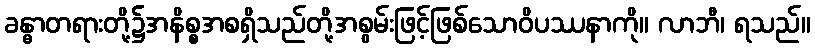
ခန္ဓာတရားတို့၌အနိစ္စအစရှိသည်တို့အစွမ်းဖြင့်ဖြစ်သောဝိပဿနာကို။ လာဘီ၊ ရသည်။